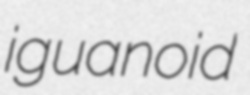
iguanoid